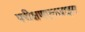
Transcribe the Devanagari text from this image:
परीक्षणएनज़ाइम